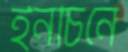
ইনচিনে